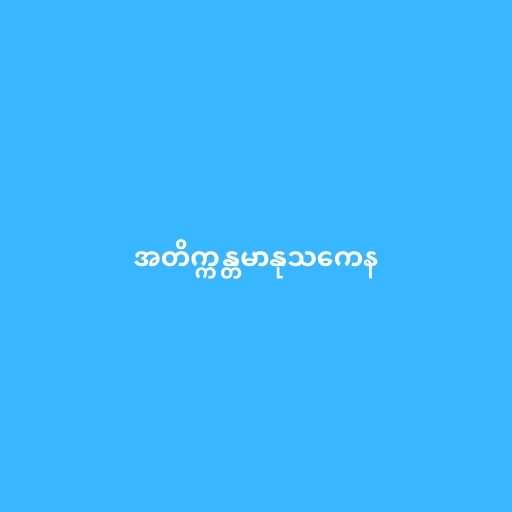
အတိက္ကန္တမာနုသကေန